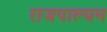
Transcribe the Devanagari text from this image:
राजपाल्यम